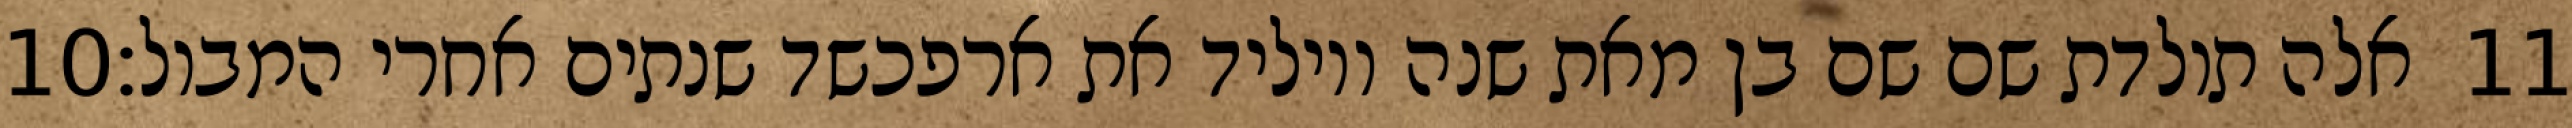
‎10‏ אלה תולדת שם שם בן מאת שנה ויוליד את ארפכשד שנתים אחרי המבול׃ ‎11‏